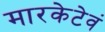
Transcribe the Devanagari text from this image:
मारकेटेवं